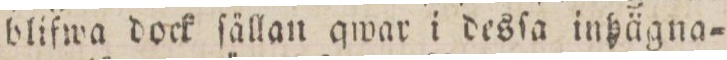
bliſwa dock ſällan qwar i desſa inhägna=